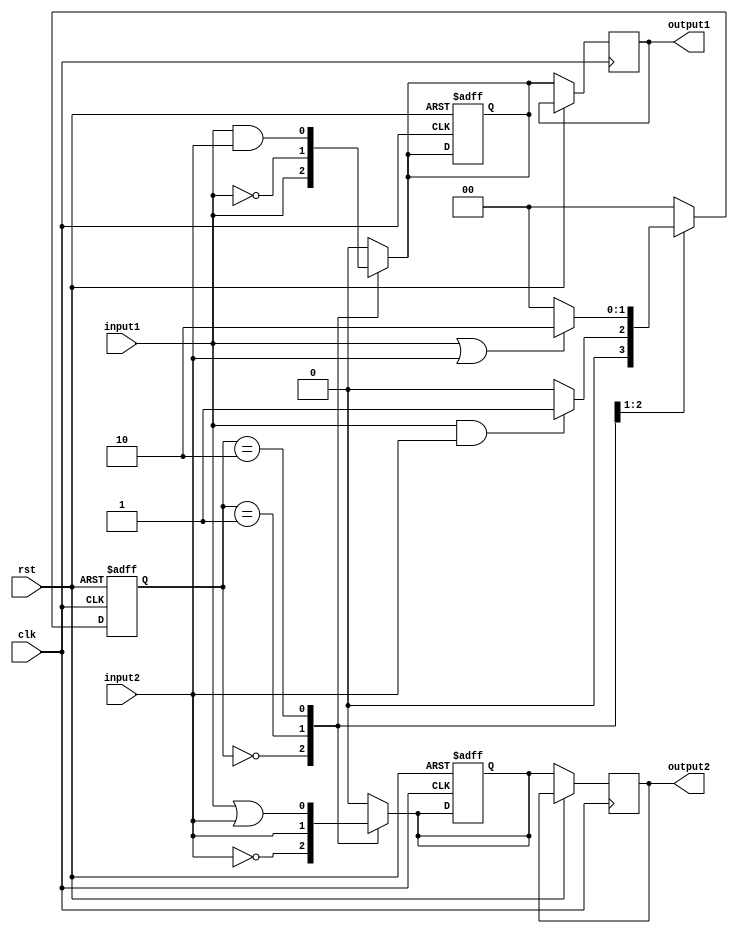
module mealy_state_machine (
    input clk,
    input rst,
    input input1,
    input input2,
    output reg output1,
    output reg output2
);

// State encoding
parameter S0 = 2'b00;
parameter S1 = 2'b01;
parameter S2 = 2'b10;

// State registers
reg [1:0] state_reg, next_state_reg;

// Output registers
reg output1_reg, output2_reg;

// Combinational logic for state transitions
always @ (posedge clk or posedge rst) begin
    if (rst) begin
        state_reg <= S0;
        output1_reg <= 0;
        output2_reg <= 0;
    end
    else begin
        state_reg <= next_state_reg;
        output1 <= output1_reg;
        output2 <= output2_reg;
    end
end

// Combinational logic for next state and outputs
always @ (*) begin
    case (state_reg)
        S0: begin
            if (input1 && input2)
                next_state_reg = S1;
            else
                next_state_reg = S0;
            output1_reg = input1;
            output2_reg = ~input2;
        end
        S1: begin
            if (input1 || input2)
                next_state_reg = S2;
            else
                next_state_reg = S0;
            output1_reg = ~input1;
            output2_reg = input2;
        end
        S2: begin
            next_state_reg = S0;
            output1_reg = input1 & input2;
            output2_reg = input1 | input2;
        end
        default: begin
            next_state_reg = S0;
            output1_reg = 0;
            output2_reg = 0;
        end
    endcase
end

endmodule